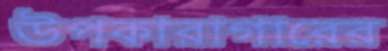
উপকারাগারের